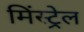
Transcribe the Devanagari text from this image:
मिंस्ट्रेल